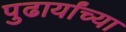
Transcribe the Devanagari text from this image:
पुढार्यांच्या